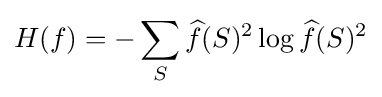
H(f)=-\sum _{S}{\widehat {f}}(S)^{2}\log {\widehat {f}}(S)^{2}